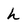
Character: h